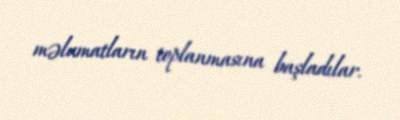
məlumatların toplanmasına başladılar.